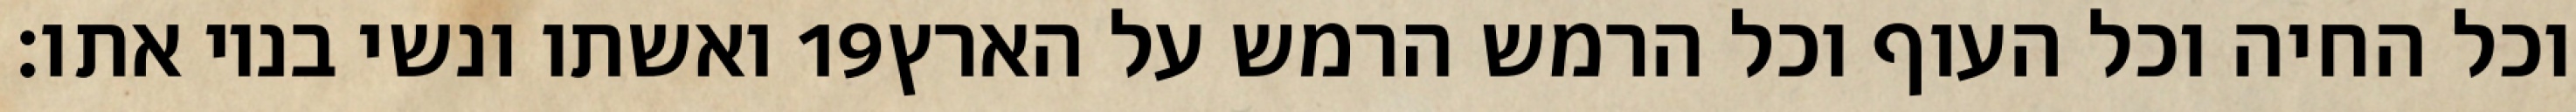
ואשתו ונשי בניו אתו׃ ‎19‏ וכל החיה וכל העוף וכל הרמש הרמש על הארץ